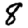
Digit: 8